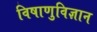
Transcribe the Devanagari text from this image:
विषाणुविज्ञान